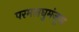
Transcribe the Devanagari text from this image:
परमलघुमंजूषा